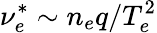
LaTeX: \nu_{e}^{*}\sim n_{e}q/T_{e}^{2}